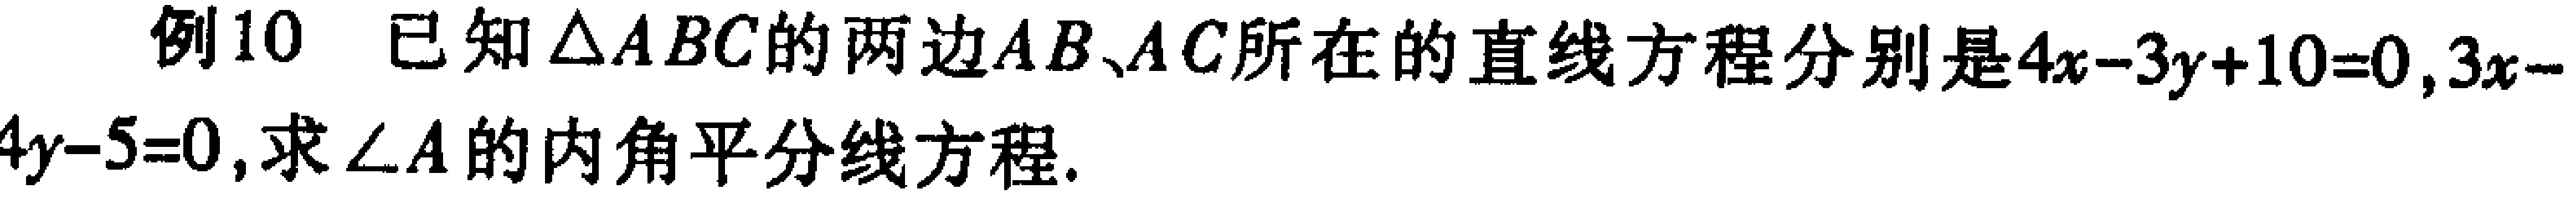
例10 已知\(\triangle ABC\)的两边\(AB、AC\)所在的直线方程分别是\(4x - 3y + 10 = 0\)，\(3x - 4y - 5 = 0\)，求\(\angle A\)的内角平分线方程.